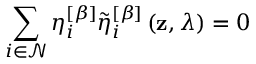
\sum _ { i \in \mathcal { N } } \eta _ { i } ^ { \left[ \beta \right] } \widetilde { \eta } _ { i } ^ { \left[ \beta \right] } \left( \mathbf { z } , \lambda \right) = 0